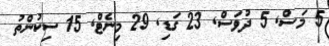
5 މަސް